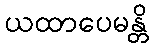
ယထာပေမန္တိ